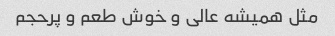
مثل همیشه عالی و خوش طعم و پرحجم